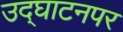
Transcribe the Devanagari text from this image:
उद्‌घाटनपर